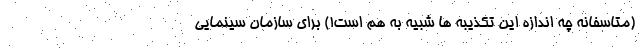
(متاسفانه چه اندازه این تکذیبه ها شبیه به هم است!) برای سازمان سینمایی